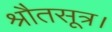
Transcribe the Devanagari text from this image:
श्रौतसूत्र।